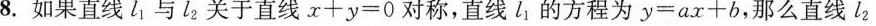
8.如果直线l1与l2关于直线x+y=0对称，直线l_{2}的方程为y=ax+b，那么直线l_{2}